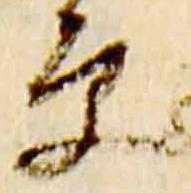
原